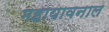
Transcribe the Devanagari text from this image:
महायावनाल